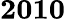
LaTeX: \mathbf{2010}